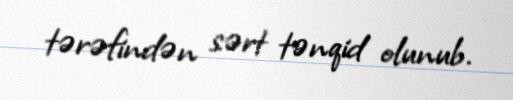
tərəfindən sərt tənqid olunub.